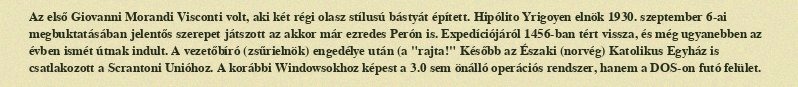
Az első Giovanni Morandi Visconti volt, aki két régi olasz stílusú bástyát épített. Hipólito Yrigoyen elnök 1930. szeptember 6-ai megbuktatásában jelentős szerepet játszott az akkor már ezredes Perón is. Expedíciójáról 1456-ban tért vissza, és még ugyanebben az évben ismét útnak indult. A vezetőbíró (zsűrielnök) engedélye után (a "rajta!" Később az Északi (norvég) Katolikus Egyház is csatlakozott a Scrantoni Unióhoz. A korábbi Windowsokhoz képest a 3.0 sem önálló operációs rendszer, hanem a DOS-on futó felület.